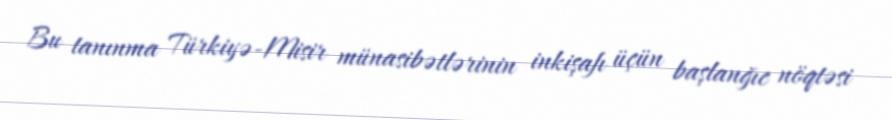
Bu tanınma Türkiyə-Misir münasibətlərinin inkişafı üçün başlanğıc nöqtəsi